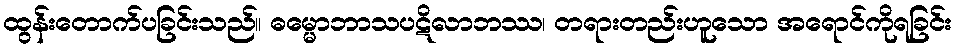
ထွန်းတောက်ပခြင်းသည်။ ဓမ္မောဘာသပဋိလာဘဿ၊ တရားတည်းဟူသော အရောင်ကိုရခြင်း